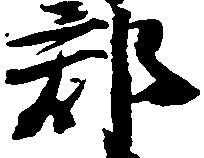
郡